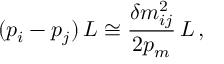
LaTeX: ( p _ { i } - p _ { j } ) \, L \cong \frac { \delta m _ { i j } ^ { 2 } } { 2 p _ { m } } \, L \, ,